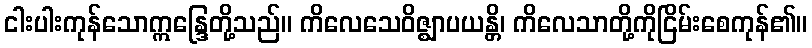
ငါးပါးကုန်သောဣန္ဒြေတို့သည်။ ကိလေသေဝိဇ္ဈာပယန္တိ၊ ကိလေသာတို့ကိုငြိမ်းစေကုန်၏။